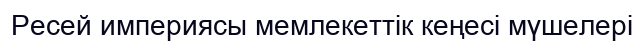
Ресей империясы мемлекеттік кеңесі мүшелері